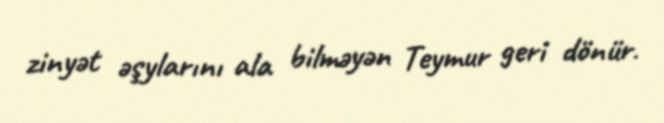
zinyət əşylarını ala bilməyən Teymur geri dönür.